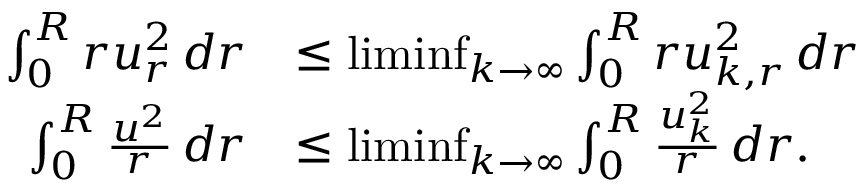
\begin{array} { r l } { \int _ { 0 } ^ { R } r u _ { r } ^ { 2 } \, d r } & { \le \operatorname* { l i m i n f } _ { k \to \infty } \int _ { 0 } ^ { R } r u _ { k , r } ^ { 2 } \, d r } \\ { \int _ { 0 } ^ { R } \frac { u ^ { 2 } } { r } \, d r } & { \le \operatorname* { l i m i n f } _ { k \to \infty } \int _ { 0 } ^ { R } \frac { u _ { k } ^ { 2 } } { r } \, d r . } \end{array}